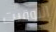
التوقيت